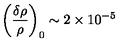
\left( \frac { \delta \rho } { \rho } \right) _ { 0 } \sim 2 \times 1 0 ^ { - 5 }